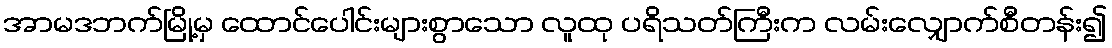
အာမဒဘက်မြို့မှ ထောင်ပေါင်းများစွာသော လူထု ပရိသတ်ကြီးက လမ်းလျှောက်စီတန်း၍